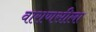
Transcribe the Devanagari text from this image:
वाराणसीला